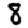
Digit: 8